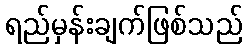
ရည်မှန်းချက်ဖြစ်သည်